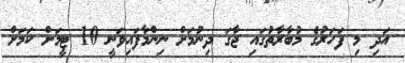
އަދި މި ފަހަރުގެ މުބާރާތުގައި ޖާގަ ދިނުމަށް ނިންމާފައިވަނީ 10 ޓީމަށް ކަމަށް